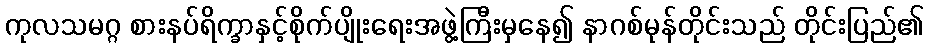
ကုလသမဂ္ဂ စားနပ်ရိက္ခာနှင့်စိုက်ပျိုးရေးအဖွဲ့ကြီးမှနေ၍ နာဂစ်မုန်တိုင်းသည် တိုင်းပြည်၏